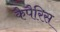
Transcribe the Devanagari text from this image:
कैपैरिस